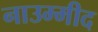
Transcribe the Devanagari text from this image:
नाउम्मीद